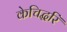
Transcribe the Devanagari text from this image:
केचिद्धरिं